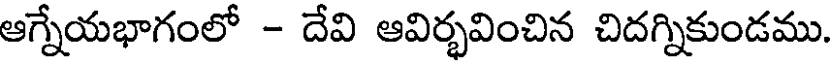
ఆగ్నేయభాగంలో - దేవి ఆవిర్భవించిన చిదగ్నికుండము.